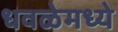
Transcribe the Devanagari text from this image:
धवळेमध्ये